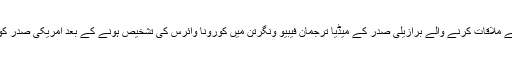
امریکی نشریاتی ادارے سی این این نے اپنی رپورٹ میں بتایا کہ ڈونلڈ ٹرمپ سے گزشتہ ہفتے ملاقات کرنے والے برازیلی صدر کے میڈیا ترجمان فیبیو ونگرتن میں کورونا وائرس کی تشخیص ہونے کے بعد امریکی صدر کو تشویش لاحق ہوگئی ہے اور وہ خود کے وائرس میں مبتلا ہونے سے متعلق فکرمند ہوگئے۔